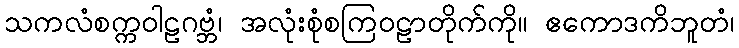
သကလံစက္ကဝါဠဂဗ္ဘံ၊ အလုံးစုံစကြဝဠာတိုက်ကို။ ဧကောဒကိဘူတံ၊